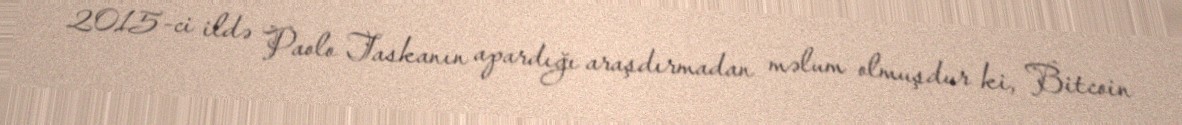
2015-ci ildə Paolo Taskanın apardığı araşdırmadan məlum olmuşdur ki, Bitcoin